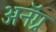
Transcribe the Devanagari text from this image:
अनॅग्न